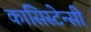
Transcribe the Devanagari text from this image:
कांसिस्टेन्सी